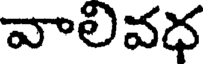
వాలివధ